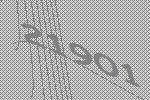
21901